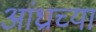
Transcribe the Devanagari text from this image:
आंध्राच्या